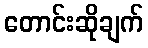
တောင်းဆိုချက်